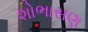
શોભાસણ